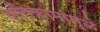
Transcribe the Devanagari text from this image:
अतिकामांमुळे